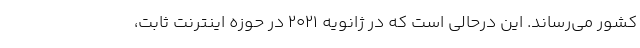
کشور می‌رساند. این درحالی است که در ژانویه ۲۰۲۱ در حوزه اینترنت ثابت،